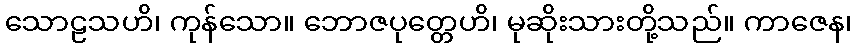
သောဠသဟိ၊ ကုန်သော။ ဘောဇပုတ္တေဟိ၊ မုဆိုးသားတို့သည်။ ကာဇေန၊